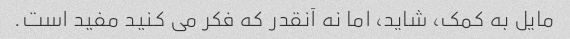
مایل به کمک، شاید، اما نه آنقدر که فکر می کنید مفید است.